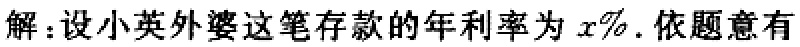
解：设小英外婆这笔存款的年利率为\(x\%\). 依题意有